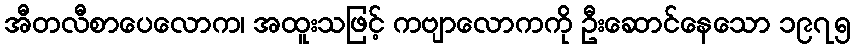
အီတလီစာပေလောက၊ အထူးသဖြင့် ကဗျာလောကကို ဦးဆောင်နေသော ၁၉၇၅